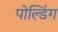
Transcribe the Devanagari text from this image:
पोल्डिंग